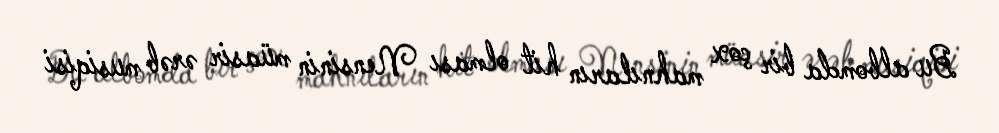
Bu albomda bir çox mahnıların hit olması Nensinin müasir ərəb musiqisi